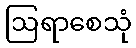
ဩရာစေသုံ